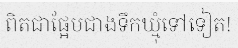
ពិតជាផ្អែមជាងទឹកឃ្មុំទៅទៀត!